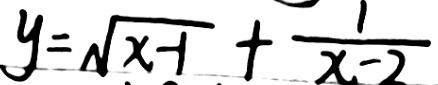
y = \sqrt { x - 1 } + \frac { 1 } { x - 2 }